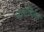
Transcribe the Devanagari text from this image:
भाषाशिल्प